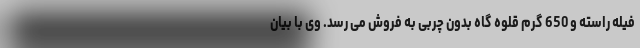
فیله راسته و 650 گرم قلوه گاه بدون چربی به فروش می رسد. وی با بیان